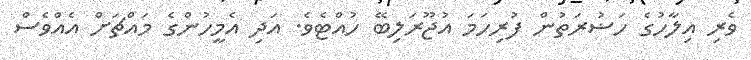
ވެރި އިލާހުގެ ހަޟުރަތުން ފުރިހަމަ އުޖޫރަލިބޭ ހުއްޓެވެ. އަދި އެމީހުންގެ މައްޗަށް އެއްވެސް